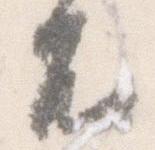
不